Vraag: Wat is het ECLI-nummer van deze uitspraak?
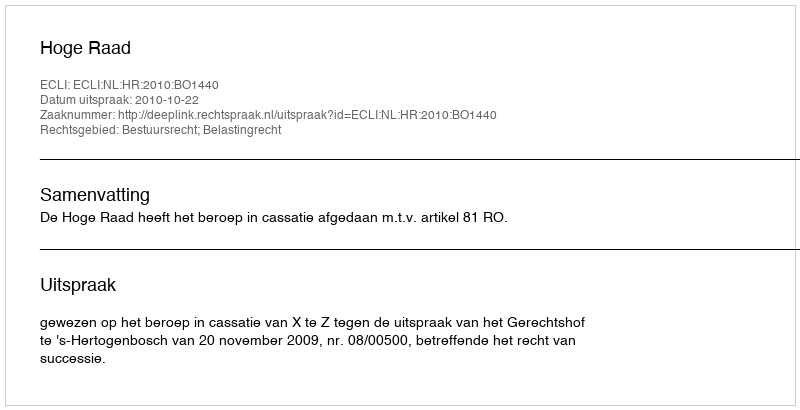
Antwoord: ECLI:NL:HR:2010:BO1440